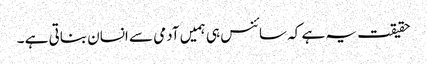
حقیقت یہ ہے کہ سائنس ہی ہمیں آدمی سے انسان بناتی ہے ۔